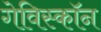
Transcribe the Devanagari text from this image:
गेविस्कॉन